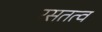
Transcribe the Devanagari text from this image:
रसतत्व